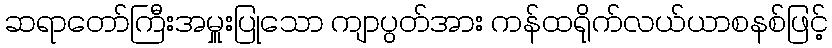
ဆရာတော်ကြီးအမှူးပြုသော ကျာပွတ်အား ကန်ထရိုက်လယ်ယာစနစ်ဖြင့်